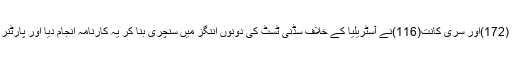
1986میں سنیل گواسکر (172)اور سری کانت(116)نے آسٹریلیا کے خلاف سڈنی ٹسٹ کی دونوں اننگز میں سنچری بنا کر یہ کارنامہ انجام دیا اور پارٹنر شپ میں191رنز بنائے۔